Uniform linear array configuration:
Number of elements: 4
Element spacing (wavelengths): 1
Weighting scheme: uniform
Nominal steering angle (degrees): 45
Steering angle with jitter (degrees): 43.584
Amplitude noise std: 0.05
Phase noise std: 0.05

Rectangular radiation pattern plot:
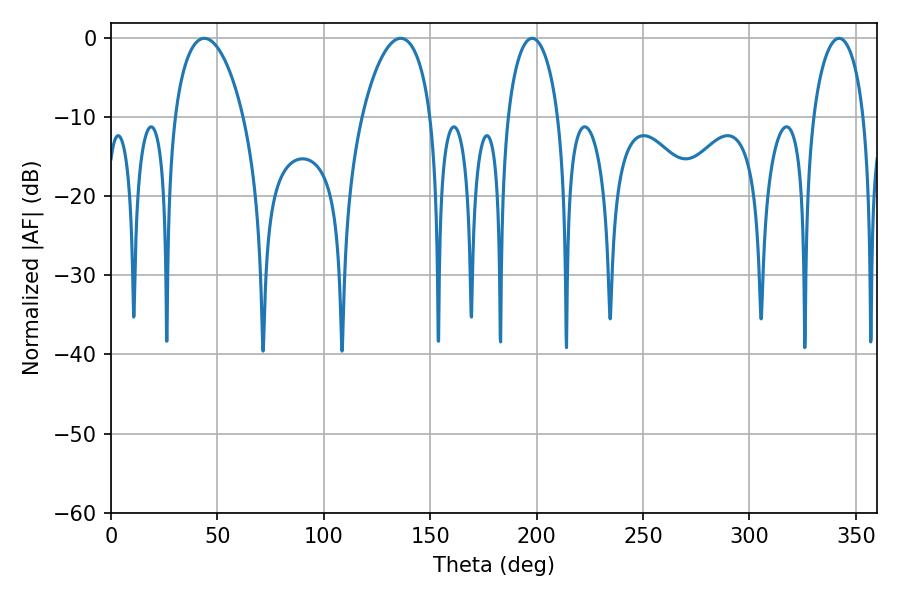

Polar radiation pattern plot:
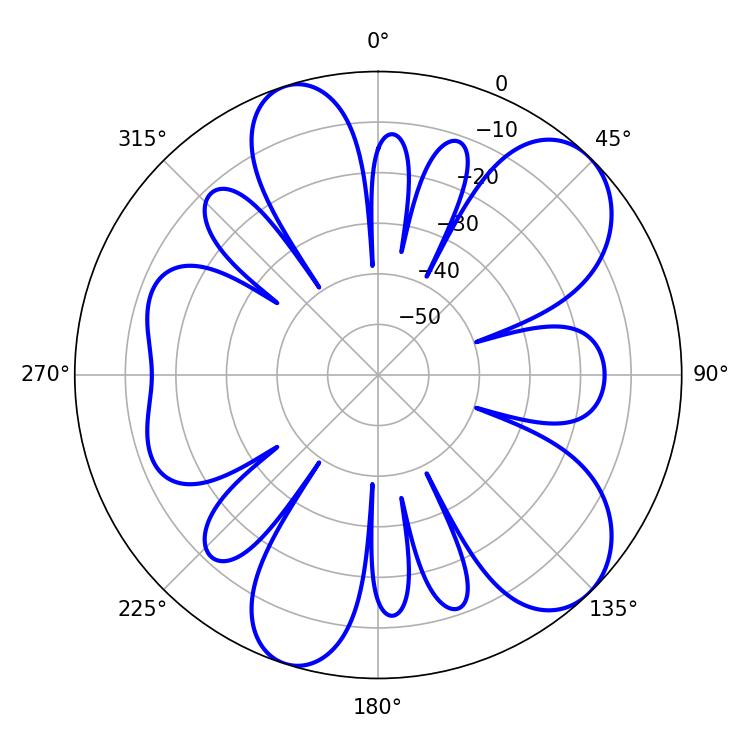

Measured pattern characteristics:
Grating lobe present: TRUE
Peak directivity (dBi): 8.638
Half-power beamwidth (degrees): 18.36
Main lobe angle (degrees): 43.92